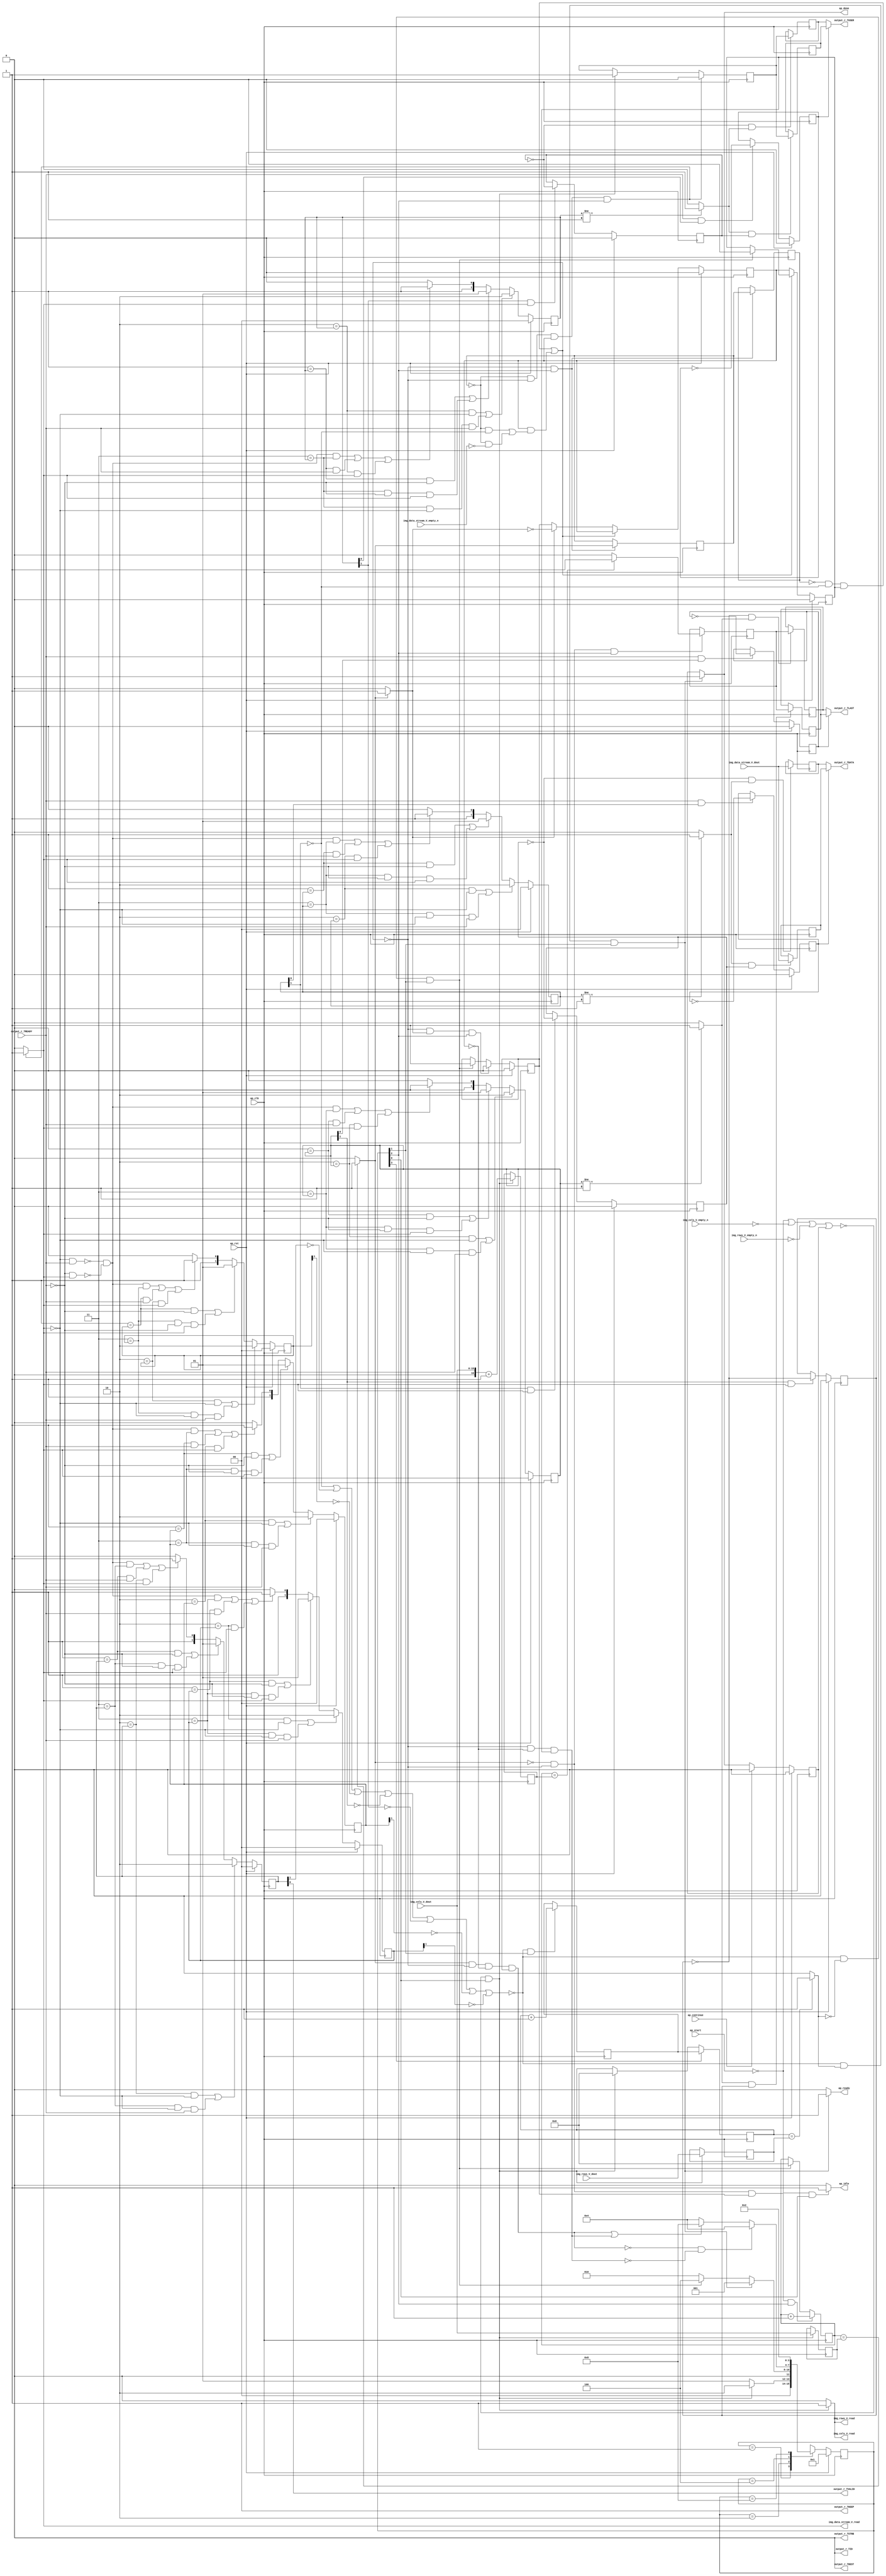
// ==============================================================
// RTL generated by Vivado(TM) HLS - High-Level Synthesis from C, C++ and SystemC
// Version: 2018.2
// Copyright (C) 1986-2018 Xilinx, Inc. All Rights Reserved.
// 
// ===========================================================

`timescale 1 ns / 1 ps 

module Mat2AXIvideo (
        ap_clk,
        ap_rst,
        ap_start,
        ap_done,
        ap_continue,
        ap_idle,
        ap_ready,
        img_rows_V_dout,
        img_rows_V_empty_n,
        img_rows_V_read,
        img_cols_V_dout,
        img_cols_V_empty_n,
        img_cols_V_read,
        img_data_stream_V_dout,
        img_data_stream_V_empty_n,
        img_data_stream_V_read,
        output_r_TDATA,
        output_r_TVALID,
        output_r_TREADY,
        output_r_TKEEP,
        output_r_TSTRB,
        output_r_TUSER,
        output_r_TLAST,
        output_r_TID,
        output_r_TDEST
);

parameter    ap_ST_fsm_state1 = 4'd1;
parameter    ap_ST_fsm_state2 = 4'd2;
parameter    ap_ST_fsm_pp0_stage0 = 4'd4;
parameter    ap_ST_fsm_state6 = 4'd8;

input   ap_clk;
input   ap_rst;
input   ap_start;
output   ap_done;
input   ap_continue;
output   ap_idle;
output   ap_ready;
input  [15:0] img_rows_V_dout;
input   img_rows_V_empty_n;
output   img_rows_V_read;
input  [15:0] img_cols_V_dout;
input   img_cols_V_empty_n;
output   img_cols_V_read;
input  [7:0] img_data_stream_V_dout;
input   img_data_stream_V_empty_n;
output   img_data_stream_V_read;
output  [7:0] output_r_TDATA;
output   output_r_TVALID;
input   output_r_TREADY;
output  [0:0] output_r_TKEEP;
output  [0:0] output_r_TSTRB;
output  [0:0] output_r_TUSER;
output  [0:0] output_r_TLAST;
output  [0:0] output_r_TID;
output  [0:0] output_r_TDEST;

reg ap_done;
reg ap_idle;
reg ap_ready;
reg img_rows_V_read;
reg img_cols_V_read;
reg img_data_stream_V_read;

reg    ap_done_reg;
(* fsm_encoding = "none" *) reg   [3:0] ap_CS_fsm;
wire    ap_CS_fsm_state1;
reg   [7:0] AXI_video_strm_V_data_V_1_data_out;
reg    AXI_video_strm_V_data_V_1_vld_in;
wire    AXI_video_strm_V_data_V_1_vld_out;
wire    AXI_video_strm_V_data_V_1_ack_in;
wire    AXI_video_strm_V_data_V_1_ack_out;
reg   [7:0] AXI_video_strm_V_data_V_1_payload_A;
reg   [7:0] AXI_video_strm_V_data_V_1_payload_B;
reg    AXI_video_strm_V_data_V_1_sel_rd;
reg    AXI_video_strm_V_data_V_1_sel_wr;
wire    AXI_video_strm_V_data_V_1_sel;
wire    AXI_video_strm_V_data_V_1_load_A;
wire    AXI_video_strm_V_data_V_1_load_B;
reg   [1:0] AXI_video_strm_V_data_V_1_state;
wire    AXI_video_strm_V_data_V_1_state_cmp_full;
wire   [0:0] AXI_video_strm_V_keep_V_1_data_out;
reg    AXI_video_strm_V_keep_V_1_vld_in;
wire    AXI_video_strm_V_keep_V_1_vld_out;
wire    AXI_video_strm_V_keep_V_1_ack_in;
wire    AXI_video_strm_V_keep_V_1_ack_out;
reg    AXI_video_strm_V_keep_V_1_sel_rd;
wire    AXI_video_strm_V_keep_V_1_sel;
reg   [1:0] AXI_video_strm_V_keep_V_1_state;
wire   [0:0] AXI_video_strm_V_strb_V_1_data_out;
reg    AXI_video_strm_V_strb_V_1_vld_in;
wire    AXI_video_strm_V_strb_V_1_vld_out;
wire    AXI_video_strm_V_strb_V_1_ack_in;
wire    AXI_video_strm_V_strb_V_1_ack_out;
reg    AXI_video_strm_V_strb_V_1_sel_rd;
wire    AXI_video_strm_V_strb_V_1_sel;
reg   [1:0] AXI_video_strm_V_strb_V_1_state;
reg   [0:0] AXI_video_strm_V_user_V_1_data_out;
reg    AXI_video_strm_V_user_V_1_vld_in;
wire    AXI_video_strm_V_user_V_1_vld_out;
wire    AXI_video_strm_V_user_V_1_ack_in;
wire    AXI_video_strm_V_user_V_1_ack_out;
reg   [0:0] AXI_video_strm_V_user_V_1_payload_A;
reg   [0:0] AXI_video_strm_V_user_V_1_payload_B;
reg    AXI_video_strm_V_user_V_1_sel_rd;
reg    AXI_video_strm_V_user_V_1_sel_wr;
wire    AXI_video_strm_V_user_V_1_sel;
wire    AXI_video_strm_V_user_V_1_load_A;
wire    AXI_video_strm_V_user_V_1_load_B;
reg   [1:0] AXI_video_strm_V_user_V_1_state;
wire    AXI_video_strm_V_user_V_1_state_cmp_full;
reg   [0:0] AXI_video_strm_V_last_V_1_data_out;
reg    AXI_video_strm_V_last_V_1_vld_in;
wire    AXI_video_strm_V_last_V_1_vld_out;
wire    AXI_video_strm_V_last_V_1_ack_in;
wire    AXI_video_strm_V_last_V_1_ack_out;
reg   [0:0] AXI_video_strm_V_last_V_1_payload_A;
reg   [0:0] AXI_video_strm_V_last_V_1_payload_B;
reg    AXI_video_strm_V_last_V_1_sel_rd;
reg    AXI_video_strm_V_last_V_1_sel_wr;
wire    AXI_video_strm_V_last_V_1_sel;
wire    AXI_video_strm_V_last_V_1_load_A;
wire    AXI_video_strm_V_last_V_1_load_B;
reg   [1:0] AXI_video_strm_V_last_V_1_state;
wire    AXI_video_strm_V_last_V_1_state_cmp_full;
wire   [0:0] AXI_video_strm_V_id_V_1_data_out;
reg    AXI_video_strm_V_id_V_1_vld_in;
wire    AXI_video_strm_V_id_V_1_vld_out;
wire    AXI_video_strm_V_id_V_1_ack_in;
wire    AXI_video_strm_V_id_V_1_ack_out;
reg    AXI_video_strm_V_id_V_1_sel_rd;
wire    AXI_video_strm_V_id_V_1_sel;
reg   [1:0] AXI_video_strm_V_id_V_1_state;
wire   [0:0] AXI_video_strm_V_dest_V_1_data_out;
reg    AXI_video_strm_V_dest_V_1_vld_in;
wire    AXI_video_strm_V_dest_V_1_vld_out;
wire    AXI_video_strm_V_dest_V_1_ack_in;
wire    AXI_video_strm_V_dest_V_1_ack_out;
reg    AXI_video_strm_V_dest_V_1_sel_rd;
wire    AXI_video_strm_V_dest_V_1_sel;
reg   [1:0] AXI_video_strm_V_dest_V_1_state;
reg    img_rows_V_blk_n;
reg    img_cols_V_blk_n;
reg    img_data_stream_V_blk_n;
wire    ap_CS_fsm_pp0_stage0;
reg    ap_enable_reg_pp0_iter1;
wire    ap_block_pp0_stage0;
reg   [0:0] exitcond_i_reg_278;
reg    output_r_TDATA_blk_n;
reg    ap_enable_reg_pp0_iter2;
reg   [0:0] exitcond_i_reg_278_pp0_iter1_reg;
reg   [15:0] t_V_2_reg_181;
reg   [15:0] img_rows_V_read_reg_254;
reg    ap_block_state1;
reg   [15:0] img_cols_V_read_reg_259;
wire   [16:0] r_V_fu_196_p2;
reg   [16:0] r_V_reg_264;
wire   [0:0] exitcond4_i_fu_207_p2;
wire    ap_CS_fsm_state2;
reg    ap_block_state2;
wire   [15:0] i_V_fu_212_p2;
reg   [15:0] i_V_reg_273;
wire   [0:0] exitcond_i_fu_218_p2;
wire    ap_block_state3_pp0_stage0_iter0;
reg    ap_block_state4_pp0_stage0_iter1;
reg    ap_block_state4_io;
wire    ap_block_state5_pp0_stage0_iter2;
reg    ap_block_state5_io;
reg    ap_block_pp0_stage0_11001;
wire   [15:0] j_V_fu_223_p2;
reg    ap_enable_reg_pp0_iter0;
wire   [0:0] axi_last_V_fu_233_p2;
reg   [0:0] axi_last_V_reg_287;
reg    ap_block_pp0_stage0_subdone;
reg    ap_condition_pp0_exit_iter0_state3;
reg   [15:0] t_V_reg_170;
wire    ap_CS_fsm_state6;
reg   [0:0] tmp_user_V_fu_118;
reg    ap_block_pp0_stage0_01001;
wire   [16:0] lhs_V_cast_cast_i_fu_192_p1;
wire   [16:0] tmp_cast_cast_i_fu_229_p1;
reg   [3:0] ap_NS_fsm;
reg    ap_idle_pp0;
wire    ap_enable_pp0;

// power-on initialization
initial begin
#0 ap_done_reg = 1'b0;
#0 ap_CS_fsm = 4'd1;
#0 AXI_video_strm_V_data_V_1_sel_rd = 1'b0;
#0 AXI_video_strm_V_data_V_1_sel_wr = 1'b0;
#0 AXI_video_strm_V_data_V_1_state = 2'd0;
#0 AXI_video_strm_V_keep_V_1_sel_rd = 1'b0;
#0 AXI_video_strm_V_keep_V_1_state = 2'd0;
#0 AXI_video_strm_V_strb_V_1_sel_rd = 1'b0;
#0 AXI_video_strm_V_strb_V_1_state = 2'd0;
#0 AXI_video_strm_V_user_V_1_sel_rd = 1'b0;
#0 AXI_video_strm_V_user_V_1_sel_wr = 1'b0;
#0 AXI_video_strm_V_user_V_1_state = 2'd0;
#0 AXI_video_strm_V_last_V_1_sel_rd = 1'b0;
#0 AXI_video_strm_V_last_V_1_sel_wr = 1'b0;
#0 AXI_video_strm_V_last_V_1_state = 2'd0;
#0 AXI_video_strm_V_id_V_1_sel_rd = 1'b0;
#0 AXI_video_strm_V_id_V_1_state = 2'd0;
#0 AXI_video_strm_V_dest_V_1_sel_rd = 1'b0;
#0 AXI_video_strm_V_dest_V_1_state = 2'd0;
#0 ap_enable_reg_pp0_iter1 = 1'b0;
#0 ap_enable_reg_pp0_iter2 = 1'b0;
#0 ap_enable_reg_pp0_iter0 = 1'b0;
end

always @ (posedge ap_clk) begin
    if (ap_rst == 1'b1) begin
        AXI_video_strm_V_data_V_1_sel_rd <= 1'b0;
    end else begin
        if (((1'b1 == AXI_video_strm_V_data_V_1_ack_out) & (1'b1 == AXI_video_strm_V_data_V_1_vld_out))) begin
            AXI_video_strm_V_data_V_1_sel_rd <= ~AXI_video_strm_V_data_V_1_sel_rd;
        end
    end
end

always @ (posedge ap_clk) begin
    if (ap_rst == 1'b1) begin
        AXI_video_strm_V_data_V_1_sel_wr <= 1'b0;
    end else begin
        if (((1'b1 == AXI_video_strm_V_data_V_1_ack_in) & (1'b1 == AXI_video_strm_V_data_V_1_vld_in))) begin
            AXI_video_strm_V_data_V_1_sel_wr <= ~AXI_video_strm_V_data_V_1_sel_wr;
        end
    end
end

always @ (posedge ap_clk) begin
    if (ap_rst == 1'b1) begin
        AXI_video_strm_V_data_V_1_state <= 2'd0;
    end else begin
        if ((((2'd2 == AXI_video_strm_V_data_V_1_state) & (1'b0 == AXI_video_strm_V_data_V_1_vld_in)) | ((2'd3 == AXI_video_strm_V_data_V_1_state) & (1'b0 == AXI_video_strm_V_data_V_1_vld_in) & (1'b1 == AXI_video_strm_V_data_V_1_ack_out)))) begin
            AXI_video_strm_V_data_V_1_state <= 2'd2;
        end else if ((((2'd1 == AXI_video_strm_V_data_V_1_state) & (1'b0 == AXI_video_strm_V_data_V_1_ack_out)) | ((2'd3 == AXI_video_strm_V_data_V_1_state) & (1'b0 == AXI_video_strm_V_data_V_1_ack_out) & (1'b1 == AXI_video_strm_V_data_V_1_vld_in)))) begin
            AXI_video_strm_V_data_V_1_state <= 2'd1;
        end else if (((~((1'b0 == AXI_video_strm_V_data_V_1_vld_in) & (1'b1 == AXI_video_strm_V_data_V_1_ack_out)) & ~((1'b0 == AXI_video_strm_V_data_V_1_ack_out) & (1'b1 == AXI_video_strm_V_data_V_1_vld_in)) & (2'd3 == AXI_video_strm_V_data_V_1_state)) | ((2'd1 == AXI_video_strm_V_data_V_1_state) & (1'b1 == AXI_video_strm_V_data_V_1_ack_out)) | ((2'd2 == AXI_video_strm_V_data_V_1_state) & (1'b1 == AXI_video_strm_V_data_V_1_vld_in)))) begin
            AXI_video_strm_V_data_V_1_state <= 2'd3;
        end else begin
            AXI_video_strm_V_data_V_1_state <= 2'd2;
        end
    end
end

always @ (posedge ap_clk) begin
    if (ap_rst == 1'b1) begin
        AXI_video_strm_V_dest_V_1_sel_rd <= 1'b0;
    end else begin
        if (((1'b1 == AXI_video_strm_V_dest_V_1_ack_out) & (1'b1 == AXI_video_strm_V_dest_V_1_vld_out))) begin
            AXI_video_strm_V_dest_V_1_sel_rd <= ~AXI_video_strm_V_dest_V_1_sel_rd;
        end
    end
end

always @ (posedge ap_clk) begin
    if (ap_rst == 1'b1) begin
        AXI_video_strm_V_dest_V_1_state <= 2'd0;
    end else begin
        if ((((2'd2 == AXI_video_strm_V_dest_V_1_state) & (1'b0 == AXI_video_strm_V_dest_V_1_vld_in)) | ((2'd3 == AXI_video_strm_V_dest_V_1_state) & (1'b0 == AXI_video_strm_V_dest_V_1_vld_in) & (1'b1 == AXI_video_strm_V_dest_V_1_ack_out)))) begin
            AXI_video_strm_V_dest_V_1_state <= 2'd2;
        end else if ((((2'd1 == AXI_video_strm_V_dest_V_1_state) & (1'b0 == AXI_video_strm_V_dest_V_1_ack_out)) | ((2'd3 == AXI_video_strm_V_dest_V_1_state) & (1'b0 == AXI_video_strm_V_dest_V_1_ack_out) & (1'b1 == AXI_video_strm_V_dest_V_1_vld_in)))) begin
            AXI_video_strm_V_dest_V_1_state <= 2'd1;
        end else if (((~((1'b0 == AXI_video_strm_V_dest_V_1_vld_in) & (1'b1 == AXI_video_strm_V_dest_V_1_ack_out)) & ~((1'b0 == AXI_video_strm_V_dest_V_1_ack_out) & (1'b1 == AXI_video_strm_V_dest_V_1_vld_in)) & (2'd3 == AXI_video_strm_V_dest_V_1_state)) | ((2'd1 == AXI_video_strm_V_dest_V_1_state) & (1'b1 == AXI_video_strm_V_dest_V_1_ack_out)) | ((2'd2 == AXI_video_strm_V_dest_V_1_state) & (1'b1 == AXI_video_strm_V_dest_V_1_vld_in)))) begin
            AXI_video_strm_V_dest_V_1_state <= 2'd3;
        end else begin
            AXI_video_strm_V_dest_V_1_state <= 2'd2;
        end
    end
end

always @ (posedge ap_clk) begin
    if (ap_rst == 1'b1) begin
        AXI_video_strm_V_id_V_1_sel_rd <= 1'b0;
    end else begin
        if (((1'b1 == AXI_video_strm_V_id_V_1_ack_out) & (1'b1 == AXI_video_strm_V_id_V_1_vld_out))) begin
            AXI_video_strm_V_id_V_1_sel_rd <= ~AXI_video_strm_V_id_V_1_sel_rd;
        end
    end
end

always @ (posedge ap_clk) begin
    if (ap_rst == 1'b1) begin
        AXI_video_strm_V_id_V_1_state <= 2'd0;
    end else begin
        if ((((2'd2 == AXI_video_strm_V_id_V_1_state) & (1'b0 == AXI_video_strm_V_id_V_1_vld_in)) | ((2'd3 == AXI_video_strm_V_id_V_1_state) & (1'b0 == AXI_video_strm_V_id_V_1_vld_in) & (1'b1 == AXI_video_strm_V_id_V_1_ack_out)))) begin
            AXI_video_strm_V_id_V_1_state <= 2'd2;
        end else if ((((2'd1 == AXI_video_strm_V_id_V_1_state) & (1'b0 == AXI_video_strm_V_id_V_1_ack_out)) | ((2'd3 == AXI_video_strm_V_id_V_1_state) & (1'b0 == AXI_video_strm_V_id_V_1_ack_out) & (1'b1 == AXI_video_strm_V_id_V_1_vld_in)))) begin
            AXI_video_strm_V_id_V_1_state <= 2'd1;
        end else if (((~((1'b0 == AXI_video_strm_V_id_V_1_vld_in) & (1'b1 == AXI_video_strm_V_id_V_1_ack_out)) & ~((1'b0 == AXI_video_strm_V_id_V_1_ack_out) & (1'b1 == AXI_video_strm_V_id_V_1_vld_in)) & (2'd3 == AXI_video_strm_V_id_V_1_state)) | ((2'd1 == AXI_video_strm_V_id_V_1_state) & (1'b1 == AXI_video_strm_V_id_V_1_ack_out)) | ((2'd2 == AXI_video_strm_V_id_V_1_state) & (1'b1 == AXI_video_strm_V_id_V_1_vld_in)))) begin
            AXI_video_strm_V_id_V_1_state <= 2'd3;
        end else begin
            AXI_video_strm_V_id_V_1_state <= 2'd2;
        end
    end
end

always @ (posedge ap_clk) begin
    if (ap_rst == 1'b1) begin
        AXI_video_strm_V_keep_V_1_sel_rd <= 1'b0;
    end else begin
        if (((1'b1 == AXI_video_strm_V_keep_V_1_ack_out) & (1'b1 == AXI_video_strm_V_keep_V_1_vld_out))) begin
            AXI_video_strm_V_keep_V_1_sel_rd <= ~AXI_video_strm_V_keep_V_1_sel_rd;
        end
    end
end

always @ (posedge ap_clk) begin
    if (ap_rst == 1'b1) begin
        AXI_video_strm_V_keep_V_1_state <= 2'd0;
    end else begin
        if ((((2'd2 == AXI_video_strm_V_keep_V_1_state) & (1'b0 == AXI_video_strm_V_keep_V_1_vld_in)) | ((2'd3 == AXI_video_strm_V_keep_V_1_state) & (1'b0 == AXI_video_strm_V_keep_V_1_vld_in) & (1'b1 == AXI_video_strm_V_keep_V_1_ack_out)))) begin
            AXI_video_strm_V_keep_V_1_state <= 2'd2;
        end else if ((((2'd1 == AXI_video_strm_V_keep_V_1_state) & (1'b0 == AXI_video_strm_V_keep_V_1_ack_out)) | ((2'd3 == AXI_video_strm_V_keep_V_1_state) & (1'b0 == AXI_video_strm_V_keep_V_1_ack_out) & (1'b1 == AXI_video_strm_V_keep_V_1_vld_in)))) begin
            AXI_video_strm_V_keep_V_1_state <= 2'd1;
        end else if (((~((1'b0 == AXI_video_strm_V_keep_V_1_vld_in) & (1'b1 == AXI_video_strm_V_keep_V_1_ack_out)) & ~((1'b0 == AXI_video_strm_V_keep_V_1_ack_out) & (1'b1 == AXI_video_strm_V_keep_V_1_vld_in)) & (2'd3 == AXI_video_strm_V_keep_V_1_state)) | ((2'd1 == AXI_video_strm_V_keep_V_1_state) & (1'b1 == AXI_video_strm_V_keep_V_1_ack_out)) | ((2'd2 == AXI_video_strm_V_keep_V_1_state) & (1'b1 == AXI_video_strm_V_keep_V_1_vld_in)))) begin
            AXI_video_strm_V_keep_V_1_state <= 2'd3;
        end else begin
            AXI_video_strm_V_keep_V_1_state <= 2'd2;
        end
    end
end

always @ (posedge ap_clk) begin
    if (ap_rst == 1'b1) begin
        AXI_video_strm_V_last_V_1_sel_rd <= 1'b0;
    end else begin
        if (((1'b1 == AXI_video_strm_V_last_V_1_ack_out) & (1'b1 == AXI_video_strm_V_last_V_1_vld_out))) begin
            AXI_video_strm_V_last_V_1_sel_rd <= ~AXI_video_strm_V_last_V_1_sel_rd;
        end
    end
end

always @ (posedge ap_clk) begin
    if (ap_rst == 1'b1) begin
        AXI_video_strm_V_last_V_1_sel_wr <= 1'b0;
    end else begin
        if (((1'b1 == AXI_video_strm_V_last_V_1_ack_in) & (1'b1 == AXI_video_strm_V_last_V_1_vld_in))) begin
            AXI_video_strm_V_last_V_1_sel_wr <= ~AXI_video_strm_V_last_V_1_sel_wr;
        end
    end
end

always @ (posedge ap_clk) begin
    if (ap_rst == 1'b1) begin
        AXI_video_strm_V_last_V_1_state <= 2'd0;
    end else begin
        if ((((2'd2 == AXI_video_strm_V_last_V_1_state) & (1'b0 == AXI_video_strm_V_last_V_1_vld_in)) | ((2'd3 == AXI_video_strm_V_last_V_1_state) & (1'b0 == AXI_video_strm_V_last_V_1_vld_in) & (1'b1 == AXI_video_strm_V_last_V_1_ack_out)))) begin
            AXI_video_strm_V_last_V_1_state <= 2'd2;
        end else if ((((2'd1 == AXI_video_strm_V_last_V_1_state) & (1'b0 == AXI_video_strm_V_last_V_1_ack_out)) | ((2'd3 == AXI_video_strm_V_last_V_1_state) & (1'b0 == AXI_video_strm_V_last_V_1_ack_out) & (1'b1 == AXI_video_strm_V_last_V_1_vld_in)))) begin
            AXI_video_strm_V_last_V_1_state <= 2'd1;
        end else if (((~((1'b0 == AXI_video_strm_V_last_V_1_vld_in) & (1'b1 == AXI_video_strm_V_last_V_1_ack_out)) & ~((1'b0 == AXI_video_strm_V_last_V_1_ack_out) & (1'b1 == AXI_video_strm_V_last_V_1_vld_in)) & (2'd3 == AXI_video_strm_V_last_V_1_state)) | ((2'd1 == AXI_video_strm_V_last_V_1_state) & (1'b1 == AXI_video_strm_V_last_V_1_ack_out)) | ((2'd2 == AXI_video_strm_V_last_V_1_state) & (1'b1 == AXI_video_strm_V_last_V_1_vld_in)))) begin
            AXI_video_strm_V_last_V_1_state <= 2'd3;
        end else begin
            AXI_video_strm_V_last_V_1_state <= 2'd2;
        end
    end
end

always @ (posedge ap_clk) begin
    if (ap_rst == 1'b1) begin
        AXI_video_strm_V_strb_V_1_sel_rd <= 1'b0;
    end else begin
        if (((1'b1 == AXI_video_strm_V_strb_V_1_ack_out) & (1'b1 == AXI_video_strm_V_strb_V_1_vld_out))) begin
            AXI_video_strm_V_strb_V_1_sel_rd <= ~AXI_video_strm_V_strb_V_1_sel_rd;
        end
    end
end

always @ (posedge ap_clk) begin
    if (ap_rst == 1'b1) begin
        AXI_video_strm_V_strb_V_1_state <= 2'd0;
    end else begin
        if ((((2'd2 == AXI_video_strm_V_strb_V_1_state) & (1'b0 == AXI_video_strm_V_strb_V_1_vld_in)) | ((2'd3 == AXI_video_strm_V_strb_V_1_state) & (1'b0 == AXI_video_strm_V_strb_V_1_vld_in) & (1'b1 == AXI_video_strm_V_strb_V_1_ack_out)))) begin
            AXI_video_strm_V_strb_V_1_state <= 2'd2;
        end else if ((((2'd1 == AXI_video_strm_V_strb_V_1_state) & (1'b0 == AXI_video_strm_V_strb_V_1_ack_out)) | ((2'd3 == AXI_video_strm_V_strb_V_1_state) & (1'b0 == AXI_video_strm_V_strb_V_1_ack_out) & (1'b1 == AXI_video_strm_V_strb_V_1_vld_in)))) begin
            AXI_video_strm_V_strb_V_1_state <= 2'd1;
        end else if (((~((1'b0 == AXI_video_strm_V_strb_V_1_vld_in) & (1'b1 == AXI_video_strm_V_strb_V_1_ack_out)) & ~((1'b0 == AXI_video_strm_V_strb_V_1_ack_out) & (1'b1 == AXI_video_strm_V_strb_V_1_vld_in)) & (2'd3 == AXI_video_strm_V_strb_V_1_state)) | ((2'd1 == AXI_video_strm_V_strb_V_1_state) & (1'b1 == AXI_video_strm_V_strb_V_1_ack_out)) | ((2'd2 == AXI_video_strm_V_strb_V_1_state) & (1'b1 == AXI_video_strm_V_strb_V_1_vld_in)))) begin
            AXI_video_strm_V_strb_V_1_state <= 2'd3;
        end else begin
            AXI_video_strm_V_strb_V_1_state <= 2'd2;
        end
    end
end

always @ (posedge ap_clk) begin
    if (ap_rst == 1'b1) begin
        AXI_video_strm_V_user_V_1_sel_rd <= 1'b0;
    end else begin
        if (((1'b1 == AXI_video_strm_V_user_V_1_ack_out) & (1'b1 == AXI_video_strm_V_user_V_1_vld_out))) begin
            AXI_video_strm_V_user_V_1_sel_rd <= ~AXI_video_strm_V_user_V_1_sel_rd;
        end
    end
end

always @ (posedge ap_clk) begin
    if (ap_rst == 1'b1) begin
        AXI_video_strm_V_user_V_1_sel_wr <= 1'b0;
    end else begin
        if (((1'b1 == AXI_video_strm_V_user_V_1_ack_in) & (1'b1 == AXI_video_strm_V_user_V_1_vld_in))) begin
            AXI_video_strm_V_user_V_1_sel_wr <= ~AXI_video_strm_V_user_V_1_sel_wr;
        end
    end
end

always @ (posedge ap_clk) begin
    if (ap_rst == 1'b1) begin
        AXI_video_strm_V_user_V_1_state <= 2'd0;
    end else begin
        if ((((2'd2 == AXI_video_strm_V_user_V_1_state) & (1'b0 == AXI_video_strm_V_user_V_1_vld_in)) | ((2'd3 == AXI_video_strm_V_user_V_1_state) & (1'b0 == AXI_video_strm_V_user_V_1_vld_in) & (1'b1 == AXI_video_strm_V_user_V_1_ack_out)))) begin
            AXI_video_strm_V_user_V_1_state <= 2'd2;
        end else if ((((2'd1 == AXI_video_strm_V_user_V_1_state) & (1'b0 == AXI_video_strm_V_user_V_1_ack_out)) | ((2'd3 == AXI_video_strm_V_user_V_1_state) & (1'b0 == AXI_video_strm_V_user_V_1_ack_out) & (1'b1 == AXI_video_strm_V_user_V_1_vld_in)))) begin
            AXI_video_strm_V_user_V_1_state <= 2'd1;
        end else if (((~((1'b0 == AXI_video_strm_V_user_V_1_vld_in) & (1'b1 == AXI_video_strm_V_user_V_1_ack_out)) & ~((1'b0 == AXI_video_strm_V_user_V_1_ack_out) & (1'b1 == AXI_video_strm_V_user_V_1_vld_in)) & (2'd3 == AXI_video_strm_V_user_V_1_state)) | ((2'd1 == AXI_video_strm_V_user_V_1_state) & (1'b1 == AXI_video_strm_V_user_V_1_ack_out)) | ((2'd2 == AXI_video_strm_V_user_V_1_state) & (1'b1 == AXI_video_strm_V_user_V_1_vld_in)))) begin
            AXI_video_strm_V_user_V_1_state <= 2'd3;
        end else begin
            AXI_video_strm_V_user_V_1_state <= 2'd2;
        end
    end
end

always @ (posedge ap_clk) begin
    if (ap_rst == 1'b1) begin
        ap_CS_fsm <= ap_ST_fsm_state1;
    end else begin
        ap_CS_fsm <= ap_NS_fsm;
    end
end

always @ (posedge ap_clk) begin
    if (ap_rst == 1'b1) begin
        ap_done_reg <= 1'b0;
    end else begin
        if ((ap_continue == 1'b1)) begin
            ap_done_reg <= 1'b0;
        end else if ((~((1'b0 == AXI_video_strm_V_data_V_1_ack_in) | (1'b0 == AXI_video_strm_V_dest_V_1_ack_in) | (1'b0 == AXI_video_strm_V_id_V_1_ack_in) | (1'b0 == AXI_video_strm_V_last_V_1_ack_in) | (1'b0 == AXI_video_strm_V_user_V_1_ack_in) | (1'b0 == AXI_video_strm_V_strb_V_1_ack_in) | (1'b0 == AXI_video_strm_V_keep_V_1_ack_in)) & (exitcond4_i_fu_207_p2 == 1'd1) & (1'b1 == ap_CS_fsm_state2))) begin
            ap_done_reg <= 1'b1;
        end
    end
end

always @ (posedge ap_clk) begin
    if (ap_rst == 1'b1) begin
        ap_enable_reg_pp0_iter0 <= 1'b0;
    end else begin
        if (((1'b0 == ap_block_pp0_stage0_subdone) & (1'b1 == ap_condition_pp0_exit_iter0_state3) & (1'b1 == ap_CS_fsm_pp0_stage0))) begin
            ap_enable_reg_pp0_iter0 <= 1'b0;
        end else if ((~((1'b0 == AXI_video_strm_V_data_V_1_ack_in) | (1'b0 == AXI_video_strm_V_dest_V_1_ack_in) | (1'b0 == AXI_video_strm_V_id_V_1_ack_in) | (1'b0 == AXI_video_strm_V_last_V_1_ack_in) | (1'b0 == AXI_video_strm_V_user_V_1_ack_in) | (1'b0 == AXI_video_strm_V_strb_V_1_ack_in) | (1'b0 == AXI_video_strm_V_keep_V_1_ack_in)) & (exitcond4_i_fu_207_p2 == 1'd0) & (1'b1 == ap_CS_fsm_state2))) begin
            ap_enable_reg_pp0_iter0 <= 1'b1;
        end
    end
end

always @ (posedge ap_clk) begin
    if (ap_rst == 1'b1) begin
        ap_enable_reg_pp0_iter1 <= 1'b0;
    end else begin
        if ((1'b0 == ap_block_pp0_stage0_subdone)) begin
            if ((1'b1 == ap_condition_pp0_exit_iter0_state3)) begin
                ap_enable_reg_pp0_iter1 <= (1'b1 ^ ap_condition_pp0_exit_iter0_state3);
            end else if ((1'b1 == 1'b1)) begin
                ap_enable_reg_pp0_iter1 <= ap_enable_reg_pp0_iter0;
            end
        end
    end
end

always @ (posedge ap_clk) begin
    if (ap_rst == 1'b1) begin
        ap_enable_reg_pp0_iter2 <= 1'b0;
    end else begin
        if ((1'b0 == ap_block_pp0_stage0_subdone)) begin
            ap_enable_reg_pp0_iter2 <= ap_enable_reg_pp0_iter1;
        end else if ((~((1'b0 == AXI_video_strm_V_data_V_1_ack_in) | (1'b0 == AXI_video_strm_V_dest_V_1_ack_in) | (1'b0 == AXI_video_strm_V_id_V_1_ack_in) | (1'b0 == AXI_video_strm_V_last_V_1_ack_in) | (1'b0 == AXI_video_strm_V_user_V_1_ack_in) | (1'b0 == AXI_video_strm_V_strb_V_1_ack_in) | (1'b0 == AXI_video_strm_V_keep_V_1_ack_in)) & (exitcond4_i_fu_207_p2 == 1'd0) & (1'b1 == ap_CS_fsm_state2))) begin
            ap_enable_reg_pp0_iter2 <= 1'b0;
        end
    end
end

always @ (posedge ap_clk) begin
    if (((exitcond_i_fu_218_p2 == 1'd0) & (1'b0 == ap_block_pp0_stage0_11001) & (ap_enable_reg_pp0_iter0 == 1'b1) & (1'b1 == ap_CS_fsm_pp0_stage0))) begin
        t_V_2_reg_181 <= j_V_fu_223_p2;
    end else if ((~((1'b0 == AXI_video_strm_V_data_V_1_ack_in) | (1'b0 == AXI_video_strm_V_dest_V_1_ack_in) | (1'b0 == AXI_video_strm_V_id_V_1_ack_in) | (1'b0 == AXI_video_strm_V_last_V_1_ack_in) | (1'b0 == AXI_video_strm_V_user_V_1_ack_in) | (1'b0 == AXI_video_strm_V_strb_V_1_ack_in) | (1'b0 == AXI_video_strm_V_keep_V_1_ack_in)) & (exitcond4_i_fu_207_p2 == 1'd0) & (1'b1 == ap_CS_fsm_state2))) begin
        t_V_2_reg_181 <= 16'd0;
    end
end

always @ (posedge ap_clk) begin
    if ((1'b1 == ap_CS_fsm_state6)) begin
        t_V_reg_170 <= i_V_reg_273;
    end else if ((~((ap_start == 1'b0) | (img_cols_V_empty_n == 1'b0) | (img_rows_V_empty_n == 1'b0) | (ap_done_reg == 1'b1)) & (1'b1 == ap_CS_fsm_state1))) begin
        t_V_reg_170 <= 16'd0;
    end
end

always @ (posedge ap_clk) begin
    if (((exitcond_i_reg_278 == 1'd0) & (1'b0 == ap_block_pp0_stage0_11001) & (ap_enable_reg_pp0_iter1 == 1'b1) & (1'b1 == ap_CS_fsm_pp0_stage0))) begin
        tmp_user_V_fu_118 <= 1'd0;
    end else if ((~((ap_start == 1'b0) | (img_cols_V_empty_n == 1'b0) | (img_rows_V_empty_n == 1'b0) | (ap_done_reg == 1'b1)) & (1'b1 == ap_CS_fsm_state1))) begin
        tmp_user_V_fu_118 <= 1'd1;
    end
end

always @ (posedge ap_clk) begin
    if ((1'b1 == AXI_video_strm_V_data_V_1_load_A)) begin
        AXI_video_strm_V_data_V_1_payload_A <= img_data_stream_V_dout;
    end
end

always @ (posedge ap_clk) begin
    if ((1'b1 == AXI_video_strm_V_data_V_1_load_B)) begin
        AXI_video_strm_V_data_V_1_payload_B <= img_data_stream_V_dout;
    end
end

always @ (posedge ap_clk) begin
    if ((1'b1 == AXI_video_strm_V_last_V_1_load_A)) begin
        AXI_video_strm_V_last_V_1_payload_A <= axi_last_V_reg_287;
    end
end

always @ (posedge ap_clk) begin
    if ((1'b1 == AXI_video_strm_V_last_V_1_load_B)) begin
        AXI_video_strm_V_last_V_1_payload_B <= axi_last_V_reg_287;
    end
end

always @ (posedge ap_clk) begin
    if ((1'b1 == AXI_video_strm_V_user_V_1_load_A)) begin
        AXI_video_strm_V_user_V_1_payload_A <= tmp_user_V_fu_118;
    end
end

always @ (posedge ap_clk) begin
    if ((1'b1 == AXI_video_strm_V_user_V_1_load_B)) begin
        AXI_video_strm_V_user_V_1_payload_B <= tmp_user_V_fu_118;
    end
end

always @ (posedge ap_clk) begin
    if (((exitcond_i_fu_218_p2 == 1'd0) & (1'b0 == ap_block_pp0_stage0_11001) & (1'b1 == ap_CS_fsm_pp0_stage0))) begin
        axi_last_V_reg_287 <= axi_last_V_fu_233_p2;
    end
end

always @ (posedge ap_clk) begin
    if (((1'b0 == ap_block_pp0_stage0_11001) & (1'b1 == ap_CS_fsm_pp0_stage0))) begin
        exitcond_i_reg_278 <= exitcond_i_fu_218_p2;
        exitcond_i_reg_278_pp0_iter1_reg <= exitcond_i_reg_278;
    end
end

always @ (posedge ap_clk) begin
    if ((~((1'b0 == AXI_video_strm_V_data_V_1_ack_in) | (1'b0 == AXI_video_strm_V_dest_V_1_ack_in) | (1'b0 == AXI_video_strm_V_id_V_1_ack_in) | (1'b0 == AXI_video_strm_V_last_V_1_ack_in) | (1'b0 == AXI_video_strm_V_user_V_1_ack_in) | (1'b0 == AXI_video_strm_V_strb_V_1_ack_in) | (1'b0 == AXI_video_strm_V_keep_V_1_ack_in)) & (1'b1 == ap_CS_fsm_state2))) begin
        i_V_reg_273 <= i_V_fu_212_p2;
    end
end

always @ (posedge ap_clk) begin
    if ((~((ap_start == 1'b0) | (img_cols_V_empty_n == 1'b0) | (img_rows_V_empty_n == 1'b0) | (ap_done_reg == 1'b1)) & (1'b1 == ap_CS_fsm_state1))) begin
        img_cols_V_read_reg_259 <= img_cols_V_dout;
        img_rows_V_read_reg_254 <= img_rows_V_dout;
        r_V_reg_264 <= r_V_fu_196_p2;
    end
end

always @ (*) begin
    if ((1'b1 == AXI_video_strm_V_data_V_1_sel)) begin
        AXI_video_strm_V_data_V_1_data_out = AXI_video_strm_V_data_V_1_payload_B;
    end else begin
        AXI_video_strm_V_data_V_1_data_out = AXI_video_strm_V_data_V_1_payload_A;
    end
end

always @ (*) begin
    if (((exitcond_i_reg_278 == 1'd0) & (1'b0 == ap_block_pp0_stage0_11001) & (ap_enable_reg_pp0_iter1 == 1'b1) & (1'b1 == ap_CS_fsm_pp0_stage0))) begin
        AXI_video_strm_V_data_V_1_vld_in = 1'b1;
    end else begin
        AXI_video_strm_V_data_V_1_vld_in = 1'b0;
    end
end

always @ (*) begin
    if (((exitcond_i_reg_278 == 1'd0) & (1'b0 == ap_block_pp0_stage0_11001) & (ap_enable_reg_pp0_iter1 == 1'b1) & (1'b1 == ap_CS_fsm_pp0_stage0))) begin
        AXI_video_strm_V_dest_V_1_vld_in = 1'b1;
    end else begin
        AXI_video_strm_V_dest_V_1_vld_in = 1'b0;
    end
end

always @ (*) begin
    if (((exitcond_i_reg_278 == 1'd0) & (1'b0 == ap_block_pp0_stage0_11001) & (ap_enable_reg_pp0_iter1 == 1'b1) & (1'b1 == ap_CS_fsm_pp0_stage0))) begin
        AXI_video_strm_V_id_V_1_vld_in = 1'b1;
    end else begin
        AXI_video_strm_V_id_V_1_vld_in = 1'b0;
    end
end

always @ (*) begin
    if (((exitcond_i_reg_278 == 1'd0) & (1'b0 == ap_block_pp0_stage0_11001) & (ap_enable_reg_pp0_iter1 == 1'b1) & (1'b1 == ap_CS_fsm_pp0_stage0))) begin
        AXI_video_strm_V_keep_V_1_vld_in = 1'b1;
    end else begin
        AXI_video_strm_V_keep_V_1_vld_in = 1'b0;
    end
end

always @ (*) begin
    if ((1'b1 == AXI_video_strm_V_last_V_1_sel)) begin
        AXI_video_strm_V_last_V_1_data_out = AXI_video_strm_V_last_V_1_payload_B;
    end else begin
        AXI_video_strm_V_last_V_1_data_out = AXI_video_strm_V_last_V_1_payload_A;
    end
end

always @ (*) begin
    if (((exitcond_i_reg_278 == 1'd0) & (1'b0 == ap_block_pp0_stage0_11001) & (ap_enable_reg_pp0_iter1 == 1'b1) & (1'b1 == ap_CS_fsm_pp0_stage0))) begin
        AXI_video_strm_V_last_V_1_vld_in = 1'b1;
    end else begin
        AXI_video_strm_V_last_V_1_vld_in = 1'b0;
    end
end

always @ (*) begin
    if (((exitcond_i_reg_278 == 1'd0) & (1'b0 == ap_block_pp0_stage0_11001) & (ap_enable_reg_pp0_iter1 == 1'b1) & (1'b1 == ap_CS_fsm_pp0_stage0))) begin
        AXI_video_strm_V_strb_V_1_vld_in = 1'b1;
    end else begin
        AXI_video_strm_V_strb_V_1_vld_in = 1'b0;
    end
end

always @ (*) begin
    if ((1'b1 == AXI_video_strm_V_user_V_1_sel)) begin
        AXI_video_strm_V_user_V_1_data_out = AXI_video_strm_V_user_V_1_payload_B;
    end else begin
        AXI_video_strm_V_user_V_1_data_out = AXI_video_strm_V_user_V_1_payload_A;
    end
end

always @ (*) begin
    if (((exitcond_i_reg_278 == 1'd0) & (1'b0 == ap_block_pp0_stage0_11001) & (ap_enable_reg_pp0_iter1 == 1'b1) & (1'b1 == ap_CS_fsm_pp0_stage0))) begin
        AXI_video_strm_V_user_V_1_vld_in = 1'b1;
    end else begin
        AXI_video_strm_V_user_V_1_vld_in = 1'b0;
    end
end

always @ (*) begin
    if ((exitcond_i_fu_218_p2 == 1'd1)) begin
        ap_condition_pp0_exit_iter0_state3 = 1'b1;
    end else begin
        ap_condition_pp0_exit_iter0_state3 = 1'b0;
    end
end

always @ (*) begin
    if ((~((1'b0 == AXI_video_strm_V_data_V_1_ack_in) | (1'b0 == AXI_video_strm_V_dest_V_1_ack_in) | (1'b0 == AXI_video_strm_V_id_V_1_ack_in) | (1'b0 == AXI_video_strm_V_last_V_1_ack_in) | (1'b0 == AXI_video_strm_V_user_V_1_ack_in) | (1'b0 == AXI_video_strm_V_strb_V_1_ack_in) | (1'b0 == AXI_video_strm_V_keep_V_1_ack_in)) & (exitcond4_i_fu_207_p2 == 1'd1) & (1'b1 == ap_CS_fsm_state2))) begin
        ap_done = 1'b1;
    end else begin
        ap_done = ap_done_reg;
    end
end

always @ (*) begin
    if (((ap_start == 1'b0) & (1'b1 == ap_CS_fsm_state1))) begin
        ap_idle = 1'b1;
    end else begin
        ap_idle = 1'b0;
    end
end

always @ (*) begin
    if (((ap_enable_reg_pp0_iter0 == 1'b0) & (ap_enable_reg_pp0_iter2 == 1'b0) & (ap_enable_reg_pp0_iter1 == 1'b0))) begin
        ap_idle_pp0 = 1'b1;
    end else begin
        ap_idle_pp0 = 1'b0;
    end
end

always @ (*) begin
    if ((~((1'b0 == AXI_video_strm_V_data_V_1_ack_in) | (1'b0 == AXI_video_strm_V_dest_V_1_ack_in) | (1'b0 == AXI_video_strm_V_id_V_1_ack_in) | (1'b0 == AXI_video_strm_V_last_V_1_ack_in) | (1'b0 == AXI_video_strm_V_user_V_1_ack_in) | (1'b0 == AXI_video_strm_V_strb_V_1_ack_in) | (1'b0 == AXI_video_strm_V_keep_V_1_ack_in)) & (exitcond4_i_fu_207_p2 == 1'd1) & (1'b1 == ap_CS_fsm_state2))) begin
        ap_ready = 1'b1;
    end else begin
        ap_ready = 1'b0;
    end
end

always @ (*) begin
    if ((~((ap_start == 1'b0) | (ap_done_reg == 1'b1)) & (1'b1 == ap_CS_fsm_state1))) begin
        img_cols_V_blk_n = img_cols_V_empty_n;
    end else begin
        img_cols_V_blk_n = 1'b1;
    end
end

always @ (*) begin
    if ((~((ap_start == 1'b0) | (img_cols_V_empty_n == 1'b0) | (img_rows_V_empty_n == 1'b0) | (ap_done_reg == 1'b1)) & (1'b1 == ap_CS_fsm_state1))) begin
        img_cols_V_read = 1'b1;
    end else begin
        img_cols_V_read = 1'b0;
    end
end

always @ (*) begin
    if (((exitcond_i_reg_278 == 1'd0) & (1'b0 == ap_block_pp0_stage0) & (ap_enable_reg_pp0_iter1 == 1'b1) & (1'b1 == ap_CS_fsm_pp0_stage0))) begin
        img_data_stream_V_blk_n = img_data_stream_V_empty_n;
    end else begin
        img_data_stream_V_blk_n = 1'b1;
    end
end

always @ (*) begin
    if (((exitcond_i_reg_278 == 1'd0) & (1'b0 == ap_block_pp0_stage0_11001) & (ap_enable_reg_pp0_iter1 == 1'b1) & (1'b1 == ap_CS_fsm_pp0_stage0))) begin
        img_data_stream_V_read = 1'b1;
    end else begin
        img_data_stream_V_read = 1'b0;
    end
end

always @ (*) begin
    if ((~((ap_start == 1'b0) | (ap_done_reg == 1'b1)) & (1'b1 == ap_CS_fsm_state1))) begin
        img_rows_V_blk_n = img_rows_V_empty_n;
    end else begin
        img_rows_V_blk_n = 1'b1;
    end
end

always @ (*) begin
    if ((~((ap_start == 1'b0) | (img_cols_V_empty_n == 1'b0) | (img_rows_V_empty_n == 1'b0) | (ap_done_reg == 1'b1)) & (1'b1 == ap_CS_fsm_state1))) begin
        img_rows_V_read = 1'b1;
    end else begin
        img_rows_V_read = 1'b0;
    end
end

always @ (*) begin
    if ((((exitcond_i_reg_278_pp0_iter1_reg == 1'd0) & (1'b0 == ap_block_pp0_stage0) & (ap_enable_reg_pp0_iter2 == 1'b1)) | ((exitcond_i_reg_278 == 1'd0) & (1'b0 == ap_block_pp0_stage0) & (ap_enable_reg_pp0_iter1 == 1'b1) & (1'b1 == ap_CS_fsm_pp0_stage0)))) begin
        output_r_TDATA_blk_n = AXI_video_strm_V_data_V_1_state[1'd1];
    end else begin
        output_r_TDATA_blk_n = 1'b1;
    end
end

always @ (*) begin
    case (ap_CS_fsm)
        ap_ST_fsm_state1 : begin
            if ((~((ap_start == 1'b0) | (img_cols_V_empty_n == 1'b0) | (img_rows_V_empty_n == 1'b0) | (ap_done_reg == 1'b1)) & (1'b1 == ap_CS_fsm_state1))) begin
                ap_NS_fsm = ap_ST_fsm_state2;
            end else begin
                ap_NS_fsm = ap_ST_fsm_state1;
            end
        end
        ap_ST_fsm_state2 : begin
            if ((~((1'b0 == AXI_video_strm_V_data_V_1_ack_in) | (1'b0 == AXI_video_strm_V_dest_V_1_ack_in) | (1'b0 == AXI_video_strm_V_id_V_1_ack_in) | (1'b0 == AXI_video_strm_V_last_V_1_ack_in) | (1'b0 == AXI_video_strm_V_user_V_1_ack_in) | (1'b0 == AXI_video_strm_V_strb_V_1_ack_in) | (1'b0 == AXI_video_strm_V_keep_V_1_ack_in)) & (exitcond4_i_fu_207_p2 == 1'd1) & (1'b1 == ap_CS_fsm_state2))) begin
                ap_NS_fsm = ap_ST_fsm_state1;
            end else if ((~((1'b0 == AXI_video_strm_V_data_V_1_ack_in) | (1'b0 == AXI_video_strm_V_dest_V_1_ack_in) | (1'b0 == AXI_video_strm_V_id_V_1_ack_in) | (1'b0 == AXI_video_strm_V_last_V_1_ack_in) | (1'b0 == AXI_video_strm_V_user_V_1_ack_in) | (1'b0 == AXI_video_strm_V_strb_V_1_ack_in) | (1'b0 == AXI_video_strm_V_keep_V_1_ack_in)) & (exitcond4_i_fu_207_p2 == 1'd0) & (1'b1 == ap_CS_fsm_state2))) begin
                ap_NS_fsm = ap_ST_fsm_pp0_stage0;
            end else begin
                ap_NS_fsm = ap_ST_fsm_state2;
            end
        end
        ap_ST_fsm_pp0_stage0 : begin
            if ((~((exitcond_i_fu_218_p2 == 1'd1) & (1'b0 == ap_block_pp0_stage0_subdone) & (ap_enable_reg_pp0_iter1 == 1'b0) & (ap_enable_reg_pp0_iter0 == 1'b1)) & ~((1'b0 == ap_block_pp0_stage0_subdone) & (ap_enable_reg_pp0_iter1 == 1'b0) & (ap_enable_reg_pp0_iter2 == 1'b1)))) begin
                ap_NS_fsm = ap_ST_fsm_pp0_stage0;
            end else if ((((exitcond_i_fu_218_p2 == 1'd1) & (1'b0 == ap_block_pp0_stage0_subdone) & (ap_enable_reg_pp0_iter1 == 1'b0) & (ap_enable_reg_pp0_iter0 == 1'b1)) | ((1'b0 == ap_block_pp0_stage0_subdone) & (ap_enable_reg_pp0_iter1 == 1'b0) & (ap_enable_reg_pp0_iter2 == 1'b1)))) begin
                ap_NS_fsm = ap_ST_fsm_state6;
            end else begin
                ap_NS_fsm = ap_ST_fsm_pp0_stage0;
            end
        end
        ap_ST_fsm_state6 : begin
            ap_NS_fsm = ap_ST_fsm_state2;
        end
        default : begin
            ap_NS_fsm = 'bx;
        end
    endcase
end

assign AXI_video_strm_V_data_V_1_ack_in = AXI_video_strm_V_data_V_1_state[1'd1];

assign AXI_video_strm_V_data_V_1_ack_out = output_r_TREADY;

assign AXI_video_strm_V_data_V_1_load_A = (~AXI_video_strm_V_data_V_1_sel_wr & AXI_video_strm_V_data_V_1_state_cmp_full);

assign AXI_video_strm_V_data_V_1_load_B = (AXI_video_strm_V_data_V_1_state_cmp_full & AXI_video_strm_V_data_V_1_sel_wr);

assign AXI_video_strm_V_data_V_1_sel = AXI_video_strm_V_data_V_1_sel_rd;

assign AXI_video_strm_V_data_V_1_state_cmp_full = ((AXI_video_strm_V_data_V_1_state != 2'd1) ? 1'b1 : 1'b0);

assign AXI_video_strm_V_data_V_1_vld_out = AXI_video_strm_V_data_V_1_state[1'd0];

assign AXI_video_strm_V_dest_V_1_ack_in = AXI_video_strm_V_dest_V_1_state[1'd1];

assign AXI_video_strm_V_dest_V_1_ack_out = output_r_TREADY;

assign AXI_video_strm_V_dest_V_1_data_out = 1'd0;

assign AXI_video_strm_V_dest_V_1_sel = AXI_video_strm_V_dest_V_1_sel_rd;

assign AXI_video_strm_V_dest_V_1_vld_out = AXI_video_strm_V_dest_V_1_state[1'd0];

assign AXI_video_strm_V_id_V_1_ack_in = AXI_video_strm_V_id_V_1_state[1'd1];

assign AXI_video_strm_V_id_V_1_ack_out = output_r_TREADY;

assign AXI_video_strm_V_id_V_1_data_out = 1'd0;

assign AXI_video_strm_V_id_V_1_sel = AXI_video_strm_V_id_V_1_sel_rd;

assign AXI_video_strm_V_id_V_1_vld_out = AXI_video_strm_V_id_V_1_state[1'd0];

assign AXI_video_strm_V_keep_V_1_ack_in = AXI_video_strm_V_keep_V_1_state[1'd1];

assign AXI_video_strm_V_keep_V_1_ack_out = output_r_TREADY;

assign AXI_video_strm_V_keep_V_1_data_out = 1'd1;

assign AXI_video_strm_V_keep_V_1_sel = AXI_video_strm_V_keep_V_1_sel_rd;

assign AXI_video_strm_V_keep_V_1_vld_out = AXI_video_strm_V_keep_V_1_state[1'd0];

assign AXI_video_strm_V_last_V_1_ack_in = AXI_video_strm_V_last_V_1_state[1'd1];

assign AXI_video_strm_V_last_V_1_ack_out = output_r_TREADY;

assign AXI_video_strm_V_last_V_1_load_A = (~AXI_video_strm_V_last_V_1_sel_wr & AXI_video_strm_V_last_V_1_state_cmp_full);

assign AXI_video_strm_V_last_V_1_load_B = (AXI_video_strm_V_last_V_1_state_cmp_full & AXI_video_strm_V_last_V_1_sel_wr);

assign AXI_video_strm_V_last_V_1_sel = AXI_video_strm_V_last_V_1_sel_rd;

assign AXI_video_strm_V_last_V_1_state_cmp_full = ((AXI_video_strm_V_last_V_1_state != 2'd1) ? 1'b1 : 1'b0);

assign AXI_video_strm_V_last_V_1_vld_out = AXI_video_strm_V_last_V_1_state[1'd0];

assign AXI_video_strm_V_strb_V_1_ack_in = AXI_video_strm_V_strb_V_1_state[1'd1];

assign AXI_video_strm_V_strb_V_1_ack_out = output_r_TREADY;

assign AXI_video_strm_V_strb_V_1_data_out = 1'd0;

assign AXI_video_strm_V_strb_V_1_sel = AXI_video_strm_V_strb_V_1_sel_rd;

assign AXI_video_strm_V_strb_V_1_vld_out = AXI_video_strm_V_strb_V_1_state[1'd0];

assign AXI_video_strm_V_user_V_1_ack_in = AXI_video_strm_V_user_V_1_state[1'd1];

assign AXI_video_strm_V_user_V_1_ack_out = output_r_TREADY;

assign AXI_video_strm_V_user_V_1_load_A = (~AXI_video_strm_V_user_V_1_sel_wr & AXI_video_strm_V_user_V_1_state_cmp_full);

assign AXI_video_strm_V_user_V_1_load_B = (AXI_video_strm_V_user_V_1_state_cmp_full & AXI_video_strm_V_user_V_1_sel_wr);

assign AXI_video_strm_V_user_V_1_sel = AXI_video_strm_V_user_V_1_sel_rd;

assign AXI_video_strm_V_user_V_1_state_cmp_full = ((AXI_video_strm_V_user_V_1_state != 2'd1) ? 1'b1 : 1'b0);

assign AXI_video_strm_V_user_V_1_vld_out = AXI_video_strm_V_user_V_1_state[1'd0];

assign ap_CS_fsm_pp0_stage0 = ap_CS_fsm[32'd2];

assign ap_CS_fsm_state1 = ap_CS_fsm[32'd0];

assign ap_CS_fsm_state2 = ap_CS_fsm[32'd1];

assign ap_CS_fsm_state6 = ap_CS_fsm[32'd3];

assign ap_block_pp0_stage0 = ~(1'b1 == 1'b1);

always @ (*) begin
    ap_block_pp0_stage0_01001 = ((exitcond_i_reg_278 == 1'd0) & (img_data_stream_V_empty_n == 1'b0) & (ap_enable_reg_pp0_iter1 == 1'b1));
end

always @ (*) begin
    ap_block_pp0_stage0_11001 = (((1'b1 == ap_block_state5_io) & (ap_enable_reg_pp0_iter2 == 1'b1)) | ((ap_enable_reg_pp0_iter1 == 1'b1) & ((1'b1 == ap_block_state4_io) | ((exitcond_i_reg_278 == 1'd0) & (img_data_stream_V_empty_n == 1'b0)))));
end

always @ (*) begin
    ap_block_pp0_stage0_subdone = (((1'b1 == ap_block_state5_io) & (ap_enable_reg_pp0_iter2 == 1'b1)) | ((ap_enable_reg_pp0_iter1 == 1'b1) & ((1'b1 == ap_block_state4_io) | ((exitcond_i_reg_278 == 1'd0) & (img_data_stream_V_empty_n == 1'b0)))));
end

always @ (*) begin
    ap_block_state1 = ((ap_start == 1'b0) | (img_cols_V_empty_n == 1'b0) | (img_rows_V_empty_n == 1'b0) | (ap_done_reg == 1'b1));
end

always @ (*) begin
    ap_block_state2 = ((1'b0 == AXI_video_strm_V_data_V_1_ack_in) | (1'b0 == AXI_video_strm_V_dest_V_1_ack_in) | (1'b0 == AXI_video_strm_V_id_V_1_ack_in) | (1'b0 == AXI_video_strm_V_last_V_1_ack_in) | (1'b0 == AXI_video_strm_V_user_V_1_ack_in) | (1'b0 == AXI_video_strm_V_strb_V_1_ack_in) | (1'b0 == AXI_video_strm_V_keep_V_1_ack_in));
end

assign ap_block_state3_pp0_stage0_iter0 = ~(1'b1 == 1'b1);

always @ (*) begin
    ap_block_state4_io = ((exitcond_i_reg_278 == 1'd0) & (1'b0 == AXI_video_strm_V_data_V_1_ack_in));
end

always @ (*) begin
    ap_block_state4_pp0_stage0_iter1 = ((exitcond_i_reg_278 == 1'd0) & (img_data_stream_V_empty_n == 1'b0));
end

always @ (*) begin
    ap_block_state5_io = ((exitcond_i_reg_278_pp0_iter1_reg == 1'd0) & (1'b0 == AXI_video_strm_V_data_V_1_ack_in));
end

assign ap_block_state5_pp0_stage0_iter2 = ~(1'b1 == 1'b1);

assign ap_enable_pp0 = (ap_idle_pp0 ^ 1'b1);

assign axi_last_V_fu_233_p2 = ((tmp_cast_cast_i_fu_229_p1 == r_V_reg_264) ? 1'b1 : 1'b0);

assign exitcond4_i_fu_207_p2 = ((t_V_reg_170 == img_rows_V_read_reg_254) ? 1'b1 : 1'b0);

assign exitcond_i_fu_218_p2 = ((t_V_2_reg_181 == img_cols_V_read_reg_259) ? 1'b1 : 1'b0);

assign i_V_fu_212_p2 = (t_V_reg_170 + 16'd1);

assign j_V_fu_223_p2 = (t_V_2_reg_181 + 16'd1);

assign lhs_V_cast_cast_i_fu_192_p1 = img_cols_V_dout;

assign output_r_TDATA = AXI_video_strm_V_data_V_1_data_out;

assign output_r_TDEST = AXI_video_strm_V_dest_V_1_data_out;

assign output_r_TID = AXI_video_strm_V_id_V_1_data_out;

assign output_r_TKEEP = AXI_video_strm_V_keep_V_1_data_out;

assign output_r_TLAST = AXI_video_strm_V_last_V_1_data_out;

assign output_r_TSTRB = AXI_video_strm_V_strb_V_1_data_out;

assign output_r_TUSER = AXI_video_strm_V_user_V_1_data_out;

assign output_r_TVALID = AXI_video_strm_V_dest_V_1_state[1'd0];

assign r_V_fu_196_p2 = ($signed(lhs_V_cast_cast_i_fu_192_p1) + $signed(17'd131071));

assign tmp_cast_cast_i_fu_229_p1 = t_V_2_reg_181;

endmodule //Mat2AXIvideo